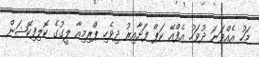
މަހު އެއްވަނަ ދުވަހު އެފްއޭ ކަޕް ފަށާއިރު ދިވެހި ޕްރިމިއާ ލީގުގެ ކޮލިފިކޭޝަން